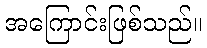
အကြောင်းဖြစ်သည်။